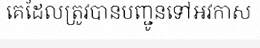
គេដែលត្រូវបានបញ្ជូនទៅអវកាស